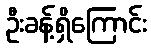
ဦးခန့်ရှိကြောင်း